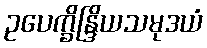
ဥပေက္ခိန္ဒြိယသမုဒယံ